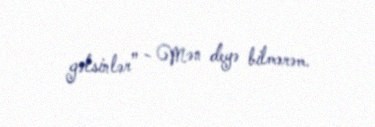
gəlsinlər” - Mən deyə bilmərəm.